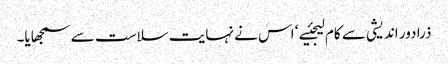
ذرا دور اندیشی سے کام لیجئیے ‘ اس نے نہایت سلاست سے سمجھایا۔